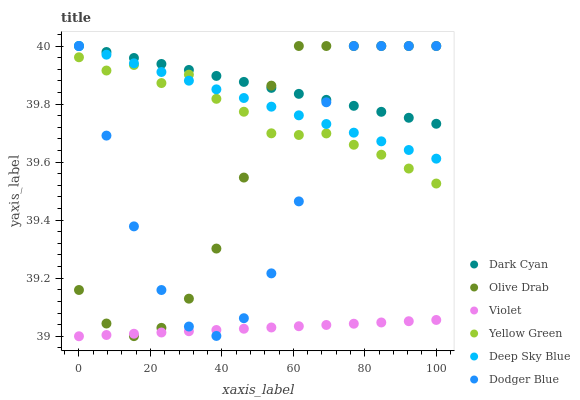
| xaxis_label | Dark Cyan | Olive Drab | Violet | Yellow Green | Deep Sky Blue | Dodger Blue |
 | --- | --- | --- | --- | --- | --- | --- |
 | 0 | 40 | 39.2 | 39 | 40 | 40 | 40 |
 | 7.69 | 40 | 39 | 39 | 39.9 | 40 | 39.7 |
 | 15.4 | 40 | 39 | 39 | 39.9 | 39.9 | 39.4 |
 | 23.1 | 39.9 | 39 | 39 | 39.9 | 39.9 | 39.2 |
 | 30.8 | 39.9 | 39.1 | 39 | 39.9 | 39.9 | 39 |
 | 38.5 | 39.9 | 39.3 | 39 | 39.8 | 39.9 | 39 |
 | 46.2 | 39.9 | 39.5 | 39 | 39.8 | 39.8 | 39.1 |
 | 53.8 | 39.9 | 39.9 | 39 | 39.7 | 39.8 | 39.2 |
 | 61.5 | 39.8 | 40 | 39 | 39.7 | 39.8 | 39.5 |
 | 69.2 | 39.8 | 40 | 39 | 39.7 | 39.7 | 39.8 |
 | 76.9 | 39.8 | 40 | 39 | 39.7 | 39.7 | 40 |
 | 84.6 | 39.8 | 40 | 39 | 39.6 | 39.7 | 40 |
 | 92.3 | 39.8 | 40 | 39.1 | 39.6 | 39.6 | 40 |
 | 100 | 39.7 | 40 | 39.1 | 39.5 | 39.6 | 40 |